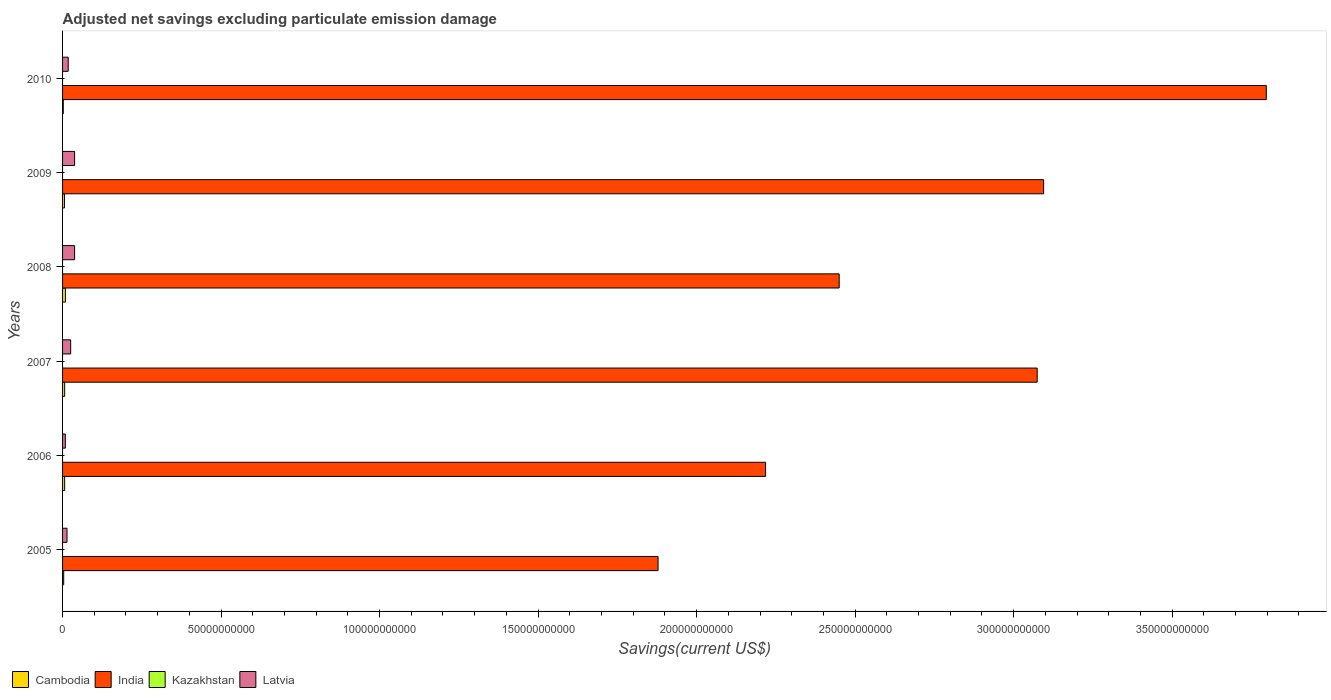
| Years | Cambodia | India | Kazakhstan | Latvia |
 | --- | --- | --- | --- | --- |
 | 2005 | 3.53e+08 | 1.88e+11 | -1.08e+10 | 1.4e+09 |
 | 2006 | 6.58e+08 | 2.22e+11 | -1.17e+10 | 8.71e+08 |
 | 2007 | 6.62e+08 | 3.07e+11 | -5.21e+09 | 2.56e+09 |
 | 2008 | 9.01e+08 | 2.45e+11 | -4.02e+09 | 3.79e+09 |
 | 2009 | 5.97e+08 | 3.09e+11 | -3.14e+09 | 3.8e+09 |
 | 2010 | 2.31e+08 | 3.8e+11 | -6.32e+09 | 1.78e+09 |